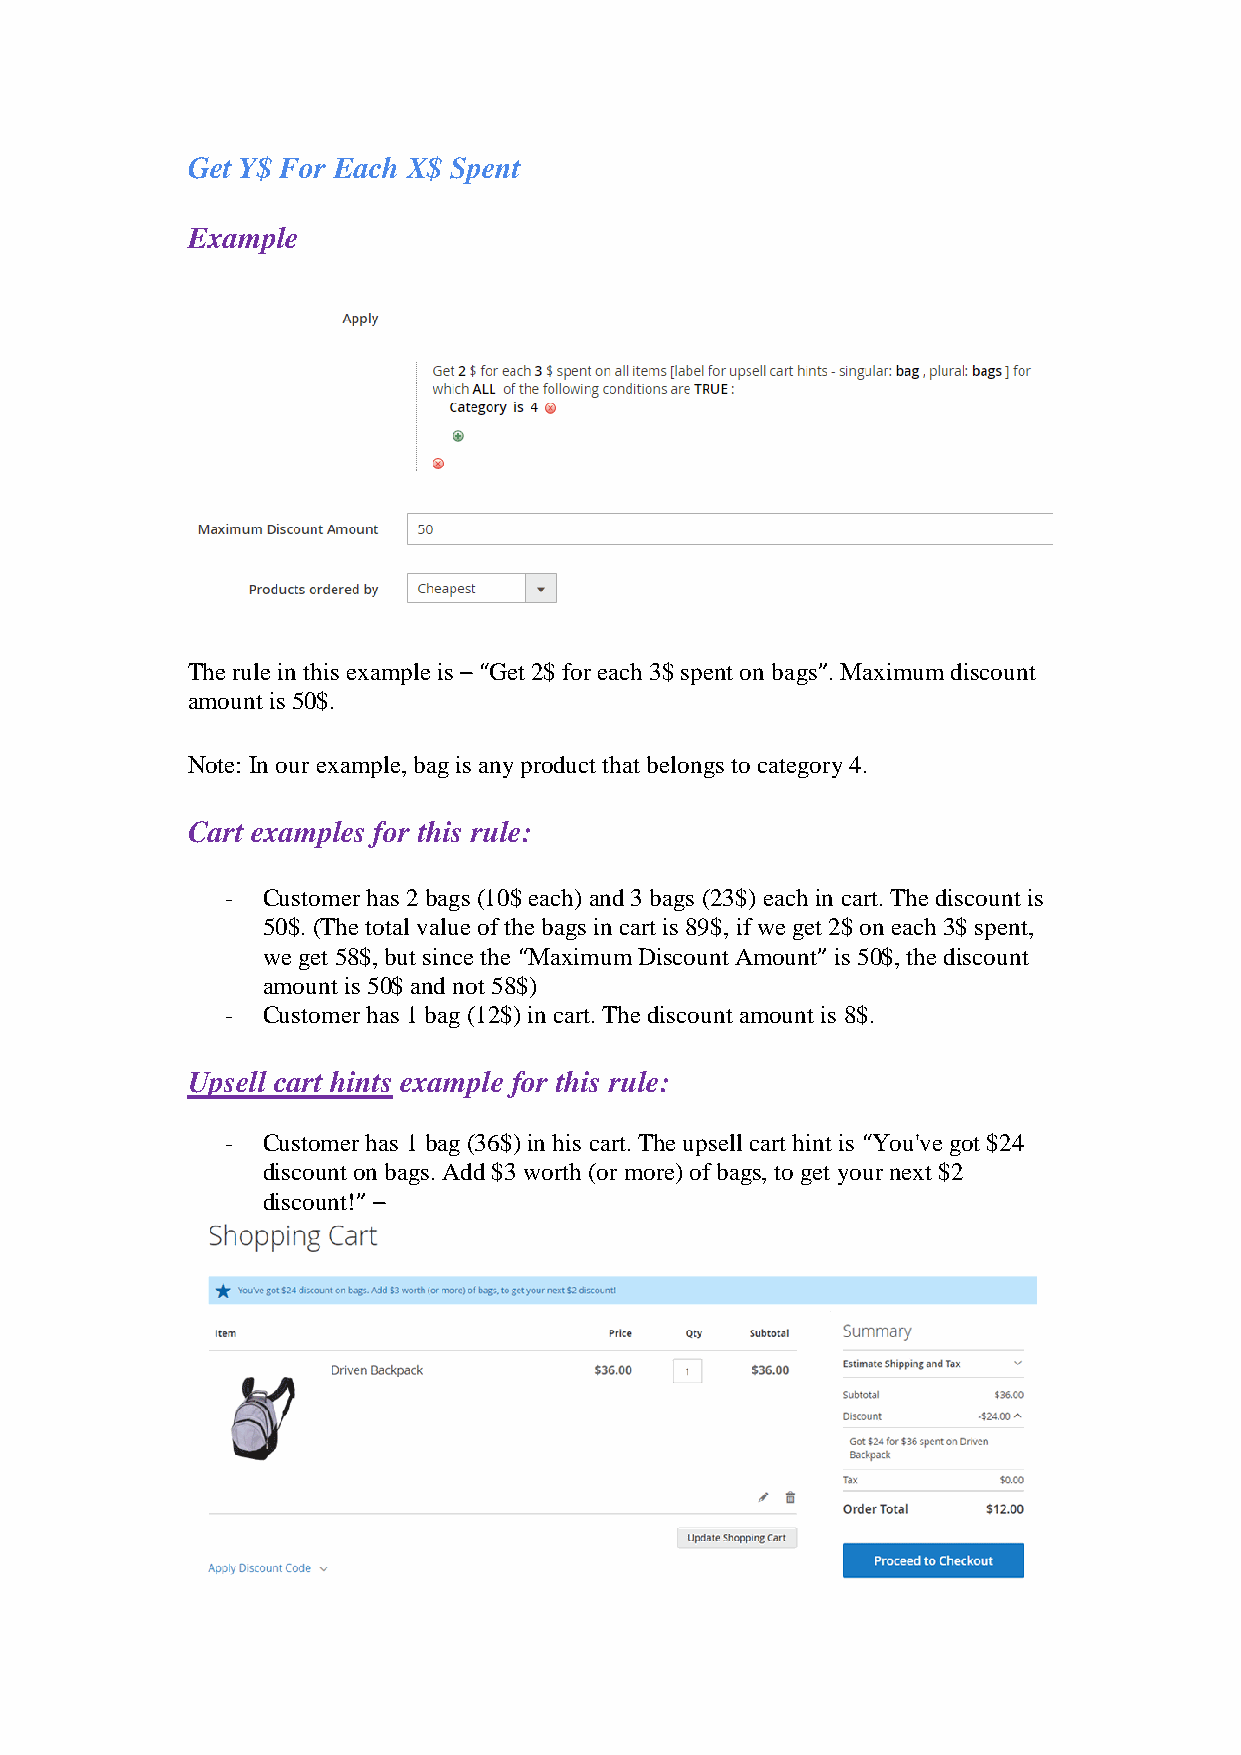
Get Y$ For Each X$ Spent
 Example
 The rule in this example is – “Get 2$ for each 3$ spent on bags”. Maximum discount
 amount is 50$.
 Note: In our example, bag is any product that belongs to category 4.
 Cart examples for this rule:
 - Customer has 2 bags (10$ each) and 3 bags (23$) each in cart. The discount is
 50$. (The total value of the bags in cart is 89$, if we get 2$ on each 3$ spent,
 we get 58$, but since the “Maximum Discount Amount” is 50$, the discount
 amount is 50$ and not 58$)
 - Customer has 1 bag (12$) in cart. The discount amount is 8$.
 Upsell cart hints example for this rule:
 - Customer has 1 bag (36$) in his cart. The upsell cart hint is “You've got $24
 discount on bags. Add $3 worth (or more) of bags, to get your next $2
 discount!” –